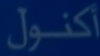
أكنول